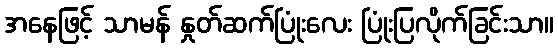
အနေဖြင့် သာမန် နှုတ်ဆက်ပြုံးလေး ပြုံးပြလိုက်ခြင်းသာ။